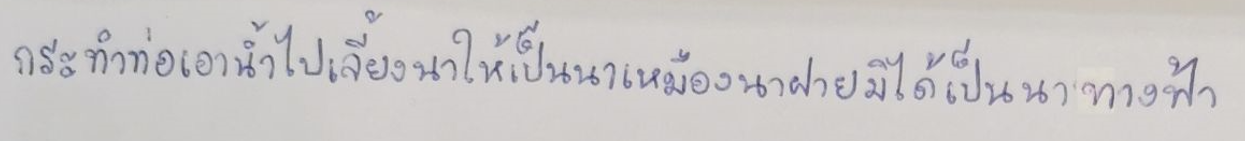
กระทำท่อเอาน้ำไปเลี้ยงนาให้เป็นนาเหมืองนาฝายมิได้เป็นนาทางฟ้า